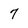
Character: 7